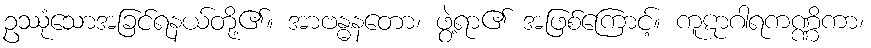
ဥဿုံသောအခြင်ရနယ်တို့၏။ အာဗန္ဓနတော၊ ဖွဲ့ရာ၏ အဖြစ်ကြောင့်။ ကူဋာဂါရကဏ္ဏိကာ၊